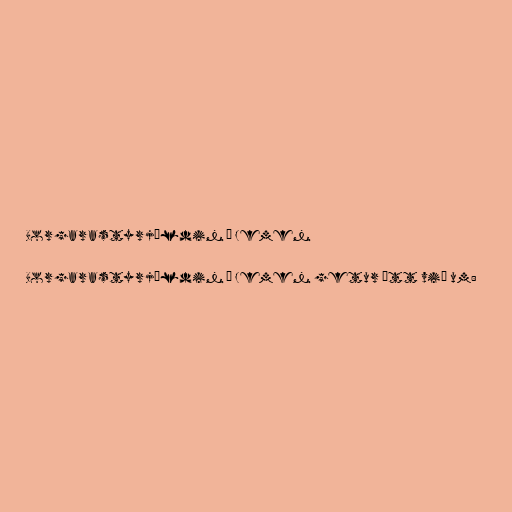
Borgarastyrjöldin í Jemen

Borgarastyrjöldin í Jemen getur átt við um: